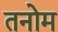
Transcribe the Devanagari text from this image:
तनोम